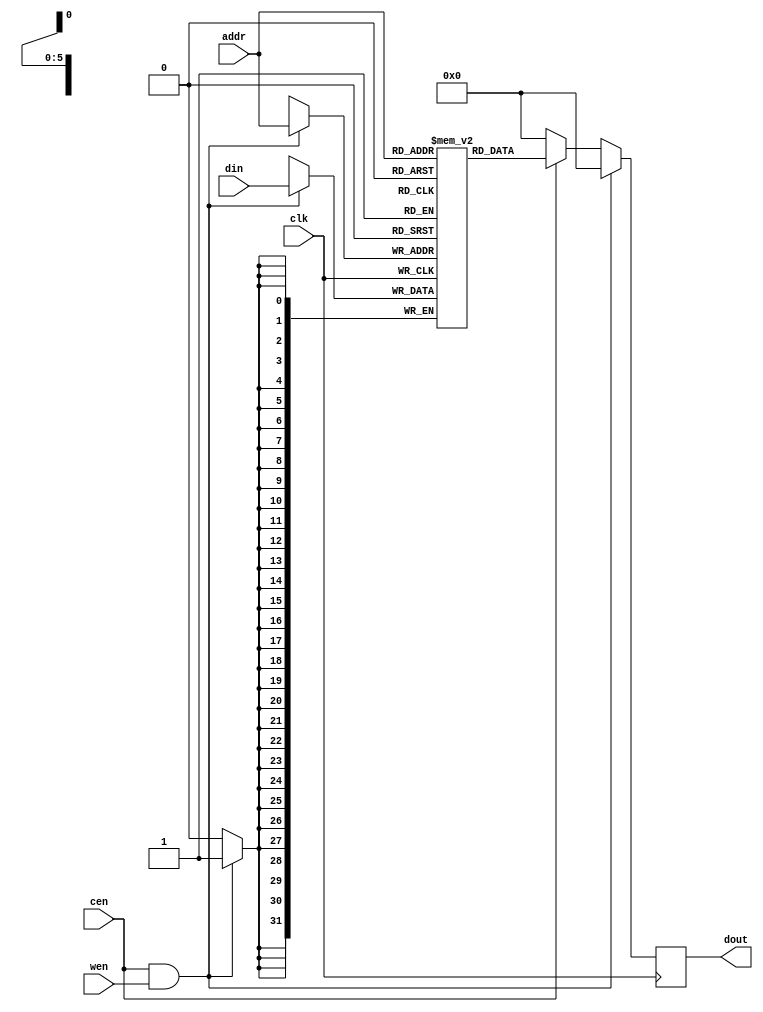
module ram(
input           clk,      
input           cen,      
input           wen,      
input   [5:0]   addr,
input   [31:0]  din,
output  [31:0]  dout
);
    reg [31:0] mem [0:63];
    reg [31:0] dout_reg;


	integer i;
	initial 
	begin
		for(i = 0; i<32; i = i+1)
			mem[i] <= 5'b0;
	end
	
    always @(posedge clk) begin
        if(cen == 1'b1 && wen == 1'b1) begin//write
            mem[addr] <= din;
            dout_reg <= 32'd0;
        end
        else if(cen == 1'b1) begin //read
            dout_reg <= mem[addr];
        end
        else begin
            dout_reg <= 32'd0;
        end
    end

    assign dout = dout_reg;

endmodule